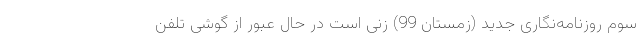
سوم روزنامه‌نگاری جدید (زمستان 99) زنی است در حال عبور از گوشی تلفن